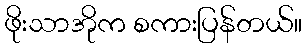
ဖိုးသာအိုက စကားပြန်တယ်။